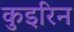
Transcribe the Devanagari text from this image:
कुइरिन